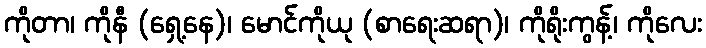
ကိုတာ၊ ကိုနီ (ရှေ့နေ)၊ မောင်ကိုယု (စာရေးဆရာ)၊ ကိုရိုးကွန့်၊ ကိုလေး